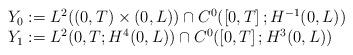
LaTeX: \begin{align*}\begin{array}[c]{l}Y_{0}:=L^{2}( ( 0,T) \times( 0,L) )\cap C^{0}( \left[ 0,T\right] ;H^{-1}( 0,L) )\\Y_{1}:=L^{2}( 0,T;H^{4}( 0,L) ) \cap C^{0}(\left[ 0,T\right] ;H^{3}( 0,L) ) \end{array}\end{align*}